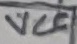
Text: VCC